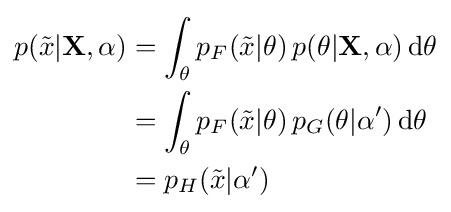
{\begin{aligned}p({\tilde {x}}|\mathbf {X} ,\alpha )&=\int _{\theta }p_{F}({\tilde {x}}|\theta )\,p(\theta |\mathbf {X} ,\alpha )\operatorname {d} \!\theta \\&=\int _{\theta }p_{F}({\tilde {x}}|\theta )\,p_{G}(\theta |\alpha ')\operatorname {d} \!\theta \\&=p_{H}({\tilde {x}}|\alpha ')\end{aligned}}